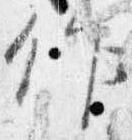
作